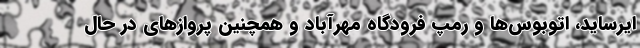
ایرساید، اتوبوس‌ها و رمپ فرودگاه مهرآباد و همچنین پروازهای در حال